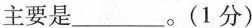
主要是___。(1分)